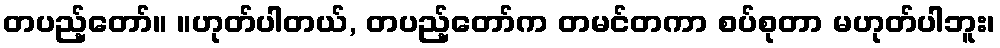
တပည့်တော်။ ။ဟုတ်ပါတယ်, တပည့်တော်က တမင်တကာ စပ်စုတာ မဟုတ်ပါဘူး၊